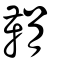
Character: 鞙